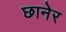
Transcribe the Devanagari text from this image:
छानेर